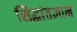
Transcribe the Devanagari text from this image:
सिद्धांतज्ञान